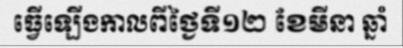
ធ្វើឡើងកាលពីថ្ងៃទី១២ ខែមីនា ឆ្នាំ